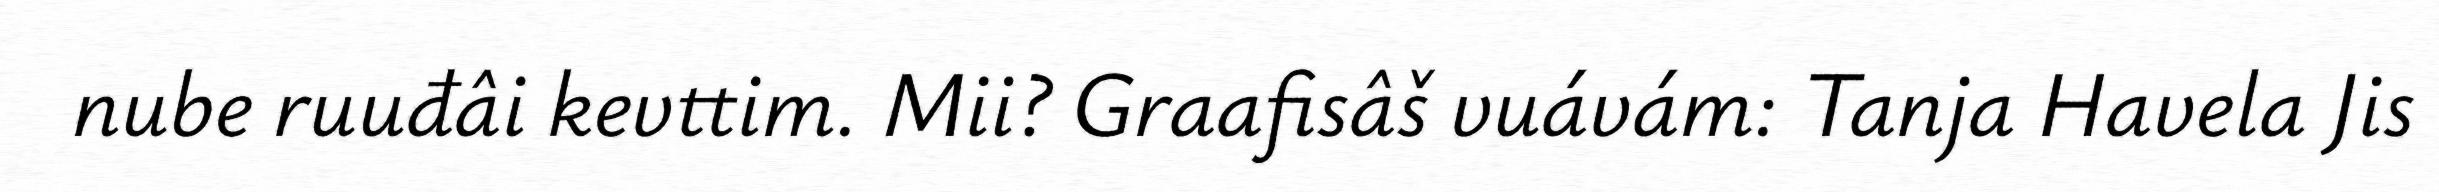
nube ruuđâi kevttim. Mii? Graafisâš vuávám: Tanja Havela Jis